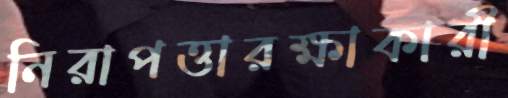
নিরাপত্তারক্ষাকারী